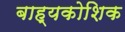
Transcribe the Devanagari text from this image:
बाह्यकोशिक